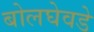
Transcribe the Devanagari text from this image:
बोलघेवडे